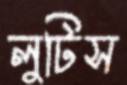
লুটিস